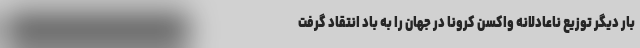
بار دیگر توزیع ناعادلانه واکسن کرونا در جهان را به باد انتقاد گرفت